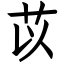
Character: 苡